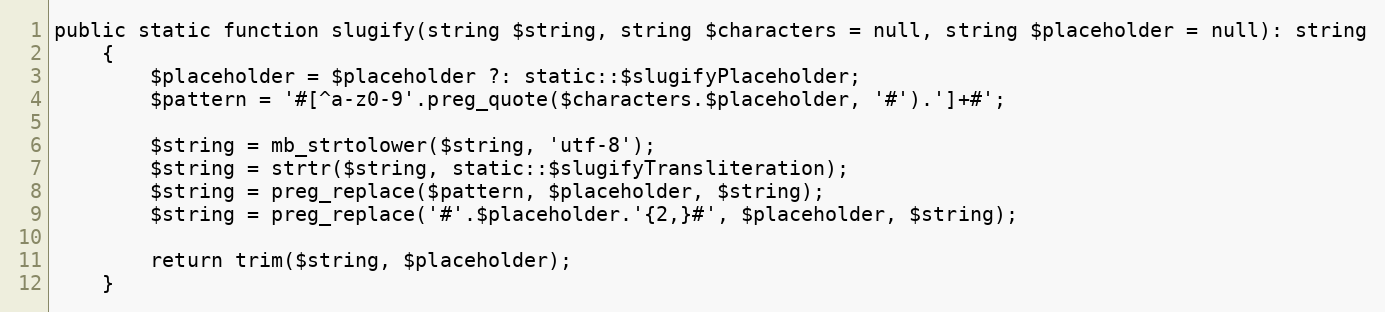
Language: PHP
public static function slugify(string $string, string $characters = null, string $placeholder = null): string
    {
        $placeholder = $placeholder ?: static::$slugifyPlaceholder;
        $pattern = '#[^a-z0-9'.preg_quote($characters.$placeholder, '#').']+#';

        $string = mb_strtolower($string, 'utf-8');
        $string = strtr($string, static::$slugifyTransliteration);
        $string = preg_replace($pattern, $placeholder, $string);
        $string = preg_replace('#'.$placeholder.'{2,}#', $placeholder, $string);

        return trim($string, $placeholder);
    }